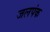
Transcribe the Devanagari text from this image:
जलपंक